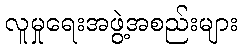
လူမှုရေးအဖွဲ့အစည်းများ